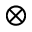
\otimes